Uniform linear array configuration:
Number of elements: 32
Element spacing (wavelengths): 0.5
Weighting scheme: hamming
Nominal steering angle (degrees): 60
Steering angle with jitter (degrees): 60.937
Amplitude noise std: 0.05
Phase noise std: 0.05

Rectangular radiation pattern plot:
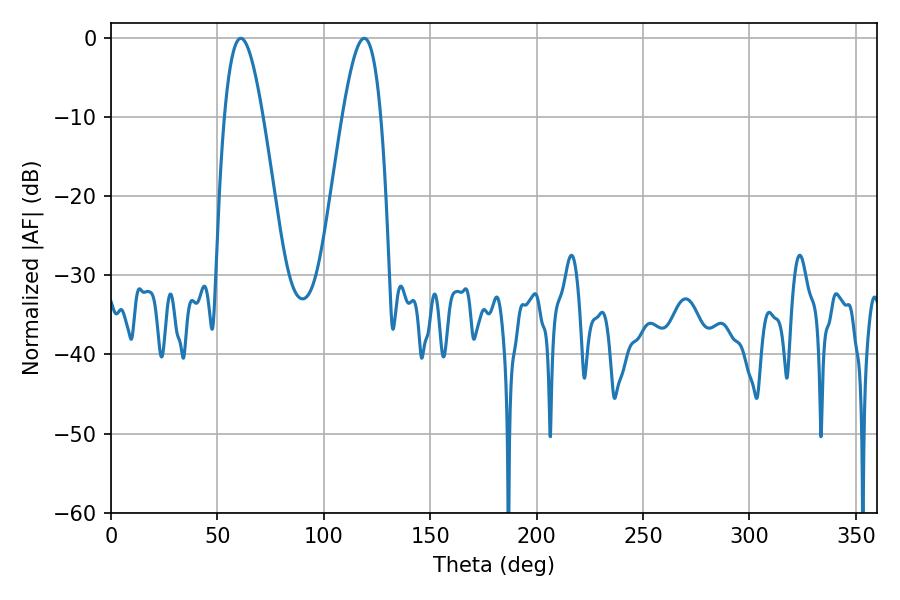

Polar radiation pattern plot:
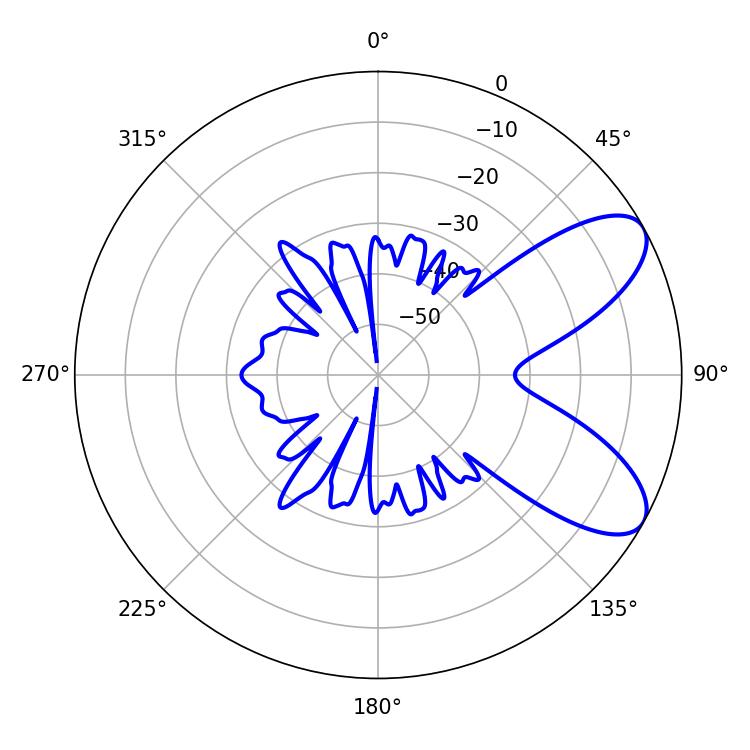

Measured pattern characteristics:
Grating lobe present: FALSE
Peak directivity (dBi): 7.863
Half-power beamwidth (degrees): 9.72
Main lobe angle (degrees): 61.02